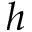
h